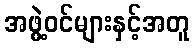
အဖွဲ့ဝင်များနှင့်အတူ